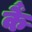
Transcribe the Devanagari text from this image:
कैं